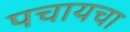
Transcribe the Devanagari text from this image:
पचायचा